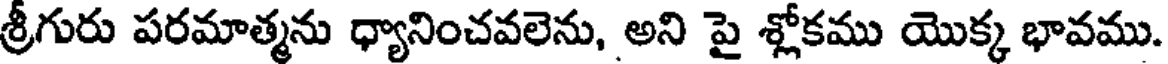
శ్రీగురు పరమాత్మను ధ్యానించవలెను, అని పై శ్లోకము యొక్క భావము.